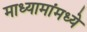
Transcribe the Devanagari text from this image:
माध्यामांमध्ये